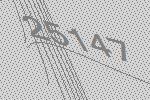
25147